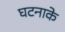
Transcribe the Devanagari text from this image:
घटनाके